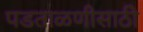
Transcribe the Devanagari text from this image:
पडताळणीसाठी